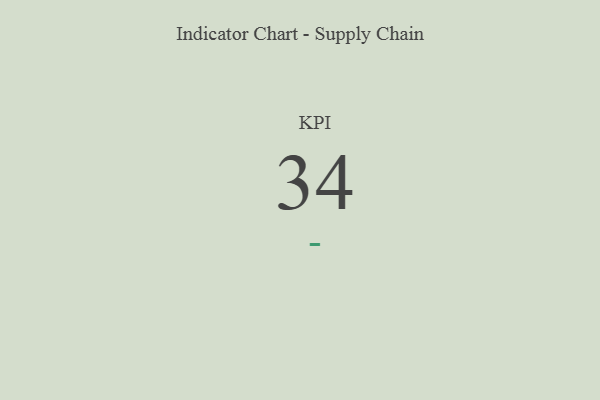
{"axis": {"x": "KPI", "y": "Value"}, "legend": [""], "data": [{"x": "KPI", "y": 34, "type": ""}]}